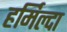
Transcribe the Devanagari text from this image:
हर्मिल्दा